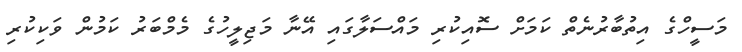
މަސީހްގެ އިތުބާރުނެތް ކަމަށް ސޮއިކުރި މައްސަލާގައި އޭނާ މަޖިލީހުގެ މެމްބަރު ކަމުން ވަކިކުރި